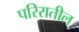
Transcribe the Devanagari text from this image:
परिरातील